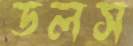
ডলস